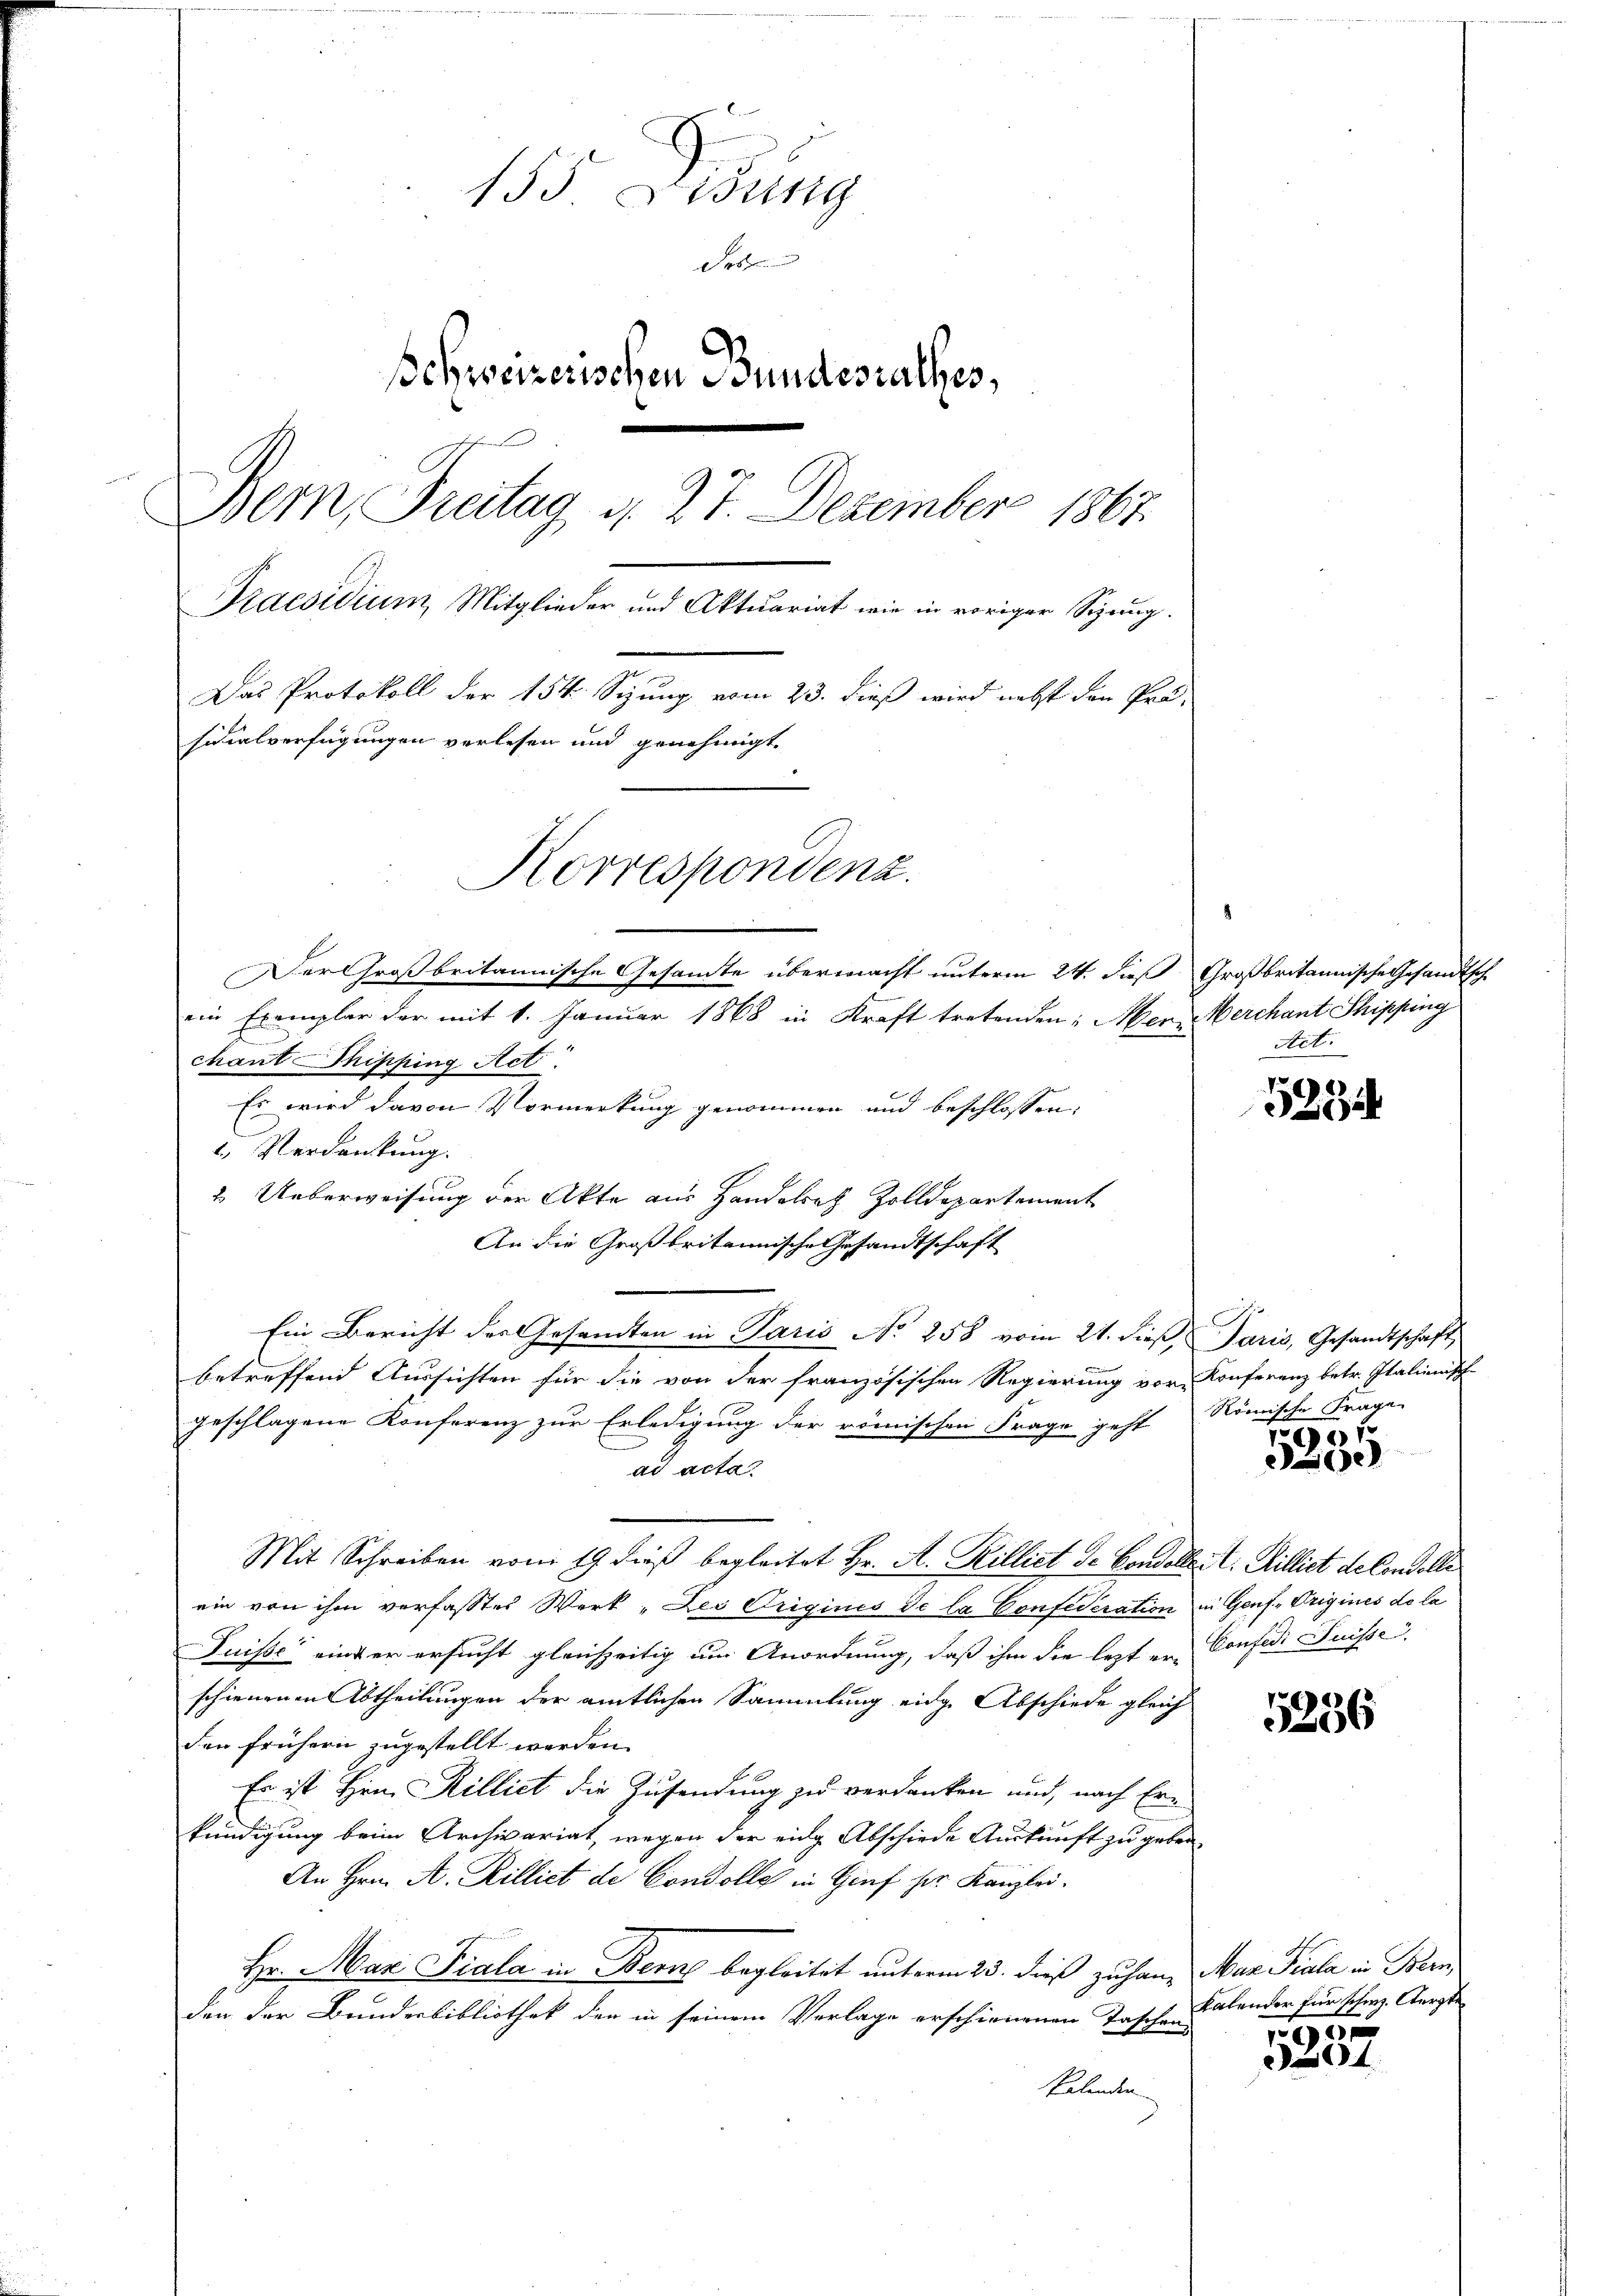
155 Fidung
des und
Schweizerischen Bundesrathes,
Bern, Freitag, d. 27. Dezember 1807.
Praesidium Mitglieder und Aktuariat wie in voriger Sprung.
Das Protokoll der 154. Sizung vom 23. dieß wird nebst den Pro-
sidialverfügungen verlesen und genehmigt.
Korrespondenz.
Der Großbritannische Gesandte übermacht unterm 24. dieß Großbritannische Gesandtsch

ein Exemplar der mit 1. Januar 1868 in Kraft tretenden: Mer-Werchant Shipping
chant hipping Act.
Es wird davon Vormerkung genommen und beschlossen:
2 Verdankung.
2. Ueberweisung der Akte aus Handesrath Zolldepartement
An die Großbritannische Gesandtschaft
Ein Bericht der Gesandten in Paris No 258 vom 21. dieβ, Paris, Gesandtschaft
betreffend Aussichten für die von der französischen Regierung vor Konferenz betr. Italienisch-
geschlagene Konferenz zur Erledigung der römischen Frage geht Römische Frage
ad acta
Mit Schreiben vom 19. dieß begleitet Hr. A. Rilliet de Condolt. I. Milliet de Convolle
ein von ihm verfasstes Werk, Les Origines de la Confederation in Genf, Origines de la
Puisse einer ersucht gleichzeitig um Anordnung, daß ihm die lezter Confedi Suisse
schienenen Abtheilungen der amtlichen Sammlung eidge Abschiede gleich
den frühern zugestellt werden. |
Er ist Hrn. Rilliet die Zusendung zu verdanken und, nach Ern
kündigung beim Archivariat, wegen der eine Abschiede Auskunft zu geben.
An Hrn. A. Rillict de Condolle in Genf her Kanzlei-
Hr. Mar. Fiala in Berne begleitet unterm 25. dieß zu hang Mar Scala in Bern
den der Bundesbibliothek der in seinem Verlage erschienenen Taschen Kalender für
Valenden

Not.

529

f
e

5236

Schanz. Aerzte

195
204.